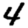
Digit: 4